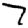
Digit: 7